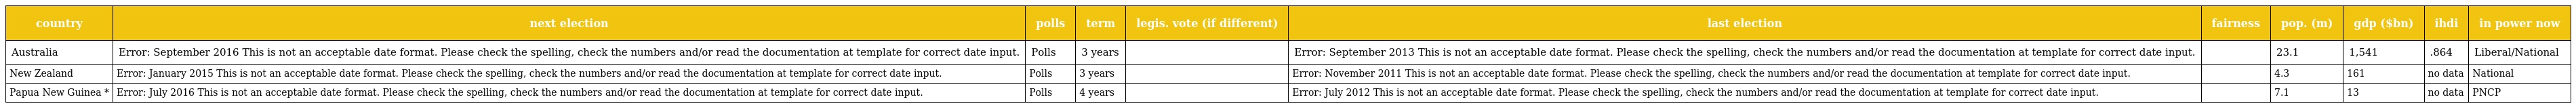
| country | next election | polls | term | legis. vote (if different) | last election | fairness | pop. (m) | gdp ($bn) | ihdi | in power now |
 | --- | --- | --- | --- | --- | --- | --- | --- | --- | --- | --- |
 | Australia | Error: September 2016 This is not an acceptable date format. Please check the spelling, check the numbers and/or read the documentation at template for correct date input. | Polls | 3 years |  | Error: September 2013 This is not an acceptable date format. Please check the spelling, check the numbers and/or read the documentation at template for correct date input. |  | 23.1 | 1,541 | .864 | Liberal/National |
 | New Zealand | Error: January 2015 This is not an acceptable date format. Please check the spelling, check the numbers and/or read the documentation at template for correct date input. | Polls | 3 years |  | Error: November 2011 This is not an acceptable date format. Please check the spelling, check the numbers and/or read the documentation at template for correct date input. |  | 4.3 | 161 | no data | National |
 | Papua New Guinea * | Error: July 2016 This is not an acceptable date format. Please check the spelling, check the numbers and/or read the documentation at template for correct date input. | Polls | 4 years |  | Error: July 2012 This is not an acceptable date format. Please check the spelling, check the numbers and/or read the documentation at template for correct date input. |  | 7.1 | 13 | no data | PNCP |